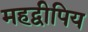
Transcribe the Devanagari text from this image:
महद्वीपिय